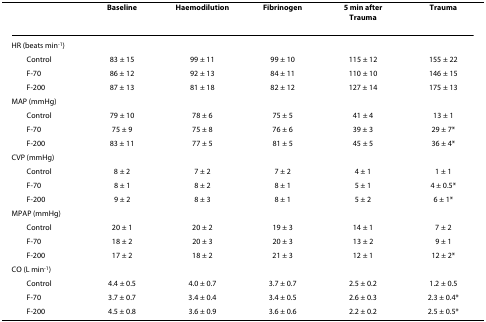
<table><thead><tr><td></td><td><b>Baseline</b></td><td><b>Haemodilution</b></td><td><b>Fibrinogen</b></td><td><b>5 min after Trauma</b></td><td><b>Trauma</b></td></tr></thead><tbody><tr><td>HR (beats min<sup>-1</sup>)</td><td></td><td></td><td></td><td></td><td></td></tr><tr><td> Control</td><td>83 ± 15</td><td>99 ± 11</td><td>99 ± 10</td><td>115 ± 12</td><td>155 ± 22</td></tr><tr><td> F-70</td><td>86 ± 12</td><td>92 ± 13</td><td>84 ± 11</td><td>110 ± 10</td><td>146 ± 15</td></tr><tr><td> F-200</td><td>87 ± 13</td><td>81 ± 18</td><td>82 ± 12</td><td>127 ± 14</td><td>175 ± 13</td></tr><tr><td>MAP (mmHg)</td><td></td><td></td><td></td><td></td><td></td></tr><tr><td> Control</td><td>79 ± 10</td><td>78 ± 6</td><td>75 ± 5</td><td>41 ± 4</td><td>13 ± 1</td></tr><tr><td> F-70</td><td>75 ± 9</td><td>75 ± 8</td><td>76 ± 6</td><td>39 ± 3</td><td>29 ± 7*</td></tr><tr><td> F-200</td><td>83 ± 11</td><td>77 ± 5</td><td>81 ± 5</td><td>45 ± 5</td><td>36 ± 4*</td></tr><tr><td>CVP (mmHg)</td><td></td><td></td><td></td><td></td><td></td></tr><tr><td> Control</td><td>8 ± 2</td><td>7 ± 2</td><td>7 ± 2</td><td>4 ± 1</td><td>1 ± 1</td></tr><tr><td> F-70</td><td>8 ± 1</td><td>8 ± 2</td><td>8 ± 1</td><td>5 ± 1</td><td>4 ± 0.5*</td></tr><tr><td> F-200</td><td>9 ± 2</td><td>8 ± 3</td><td>8 ± 1</td><td>5 ± 2</td><td>6 ± 1*</td></tr><tr><td>MPAP (mmHg)</td><td></td><td></td><td></td><td></td><td></td></tr><tr><td> Control</td><td>20 ± 1</td><td>20 ± 2</td><td>19 ± 3</td><td>14 ± 1</td><td>7 ± 2</td></tr><tr><td> F-70</td><td>18 ± 2</td><td>20 ± 3</td><td>20 ± 3</td><td>13 ± 2</td><td>9 ± 1</td></tr><tr><td> F-200</td><td>17 ± 2</td><td>18 ± 2</td><td>21 ± 3</td><td>12 ± 1</td><td>12 ± 2*</td></tr><tr><td>CO (L min<sup>-1</sup>)</td><td></td><td></td><td></td><td></td><td></td></tr><tr><td> Control</td><td>4.4 ± 0.5</td><td>4.0 ± 0.7</td><td>3.7 ± 0.7</td><td>2.5 ± 0.2</td><td>1.2 ± 0.5</td></tr><tr><td> F-70</td><td>3.7 ± 0.7</td><td>3.4 ± 0.4</td><td>3.4 ± 0.5</td><td>2.6 ± 0.3</td><td>2.3 ± 0.4*</td></tr><tr><td> F-200</td><td>4.5 ± 0.8</td><td>3.6 ± 0.9</td><td>3.6 ± 0.6</td><td>2.2 ± 0.2</td><td>2.5 ± 0.5*</td></tr></tbody></table>